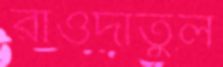
রাওদাতুল